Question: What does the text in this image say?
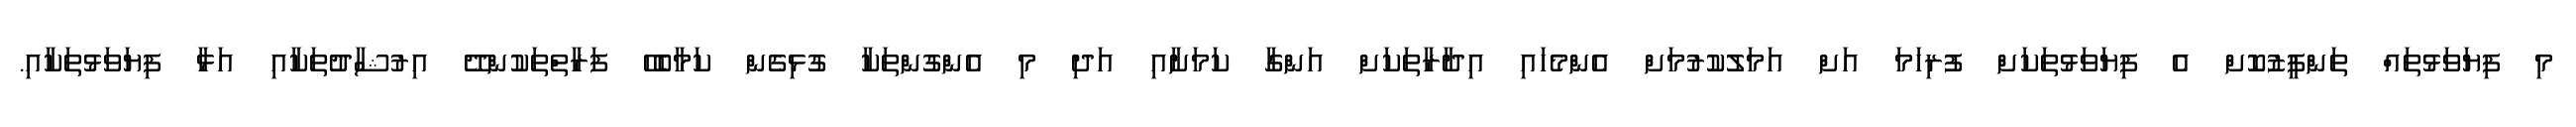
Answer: މި ފިޔަވަޅުތައް ތަންފީޒުކޮށް އެ ފިޔަވަޅުތަކަށް ފުރިހަމަ އަށް އަމަލުކުރުމަށް އެންމެހައި އިދާރާތަކަށް އަންގާ ކަމަށާއި އަދި މި އެންގުންތަކާ ގުޅިގެން ކަމާބެހޭ ފަރާތްތަކުންދޭ އިރުޝާދުތަކާއި އަޅާ ފިޔަވަޅުތަކާއި.